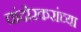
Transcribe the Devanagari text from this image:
चांदोरकरांच्या